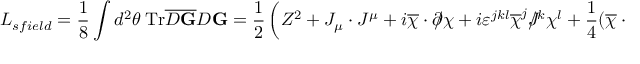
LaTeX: { \cal L } _ { s f i e l d } = \frac 1 8 \int d ^ { 2 } \theta ~ \mathrm { T r } \overline { { { D { \bf G } } } } D { \bf G } = \frac 1 2 \left( Z ^ { 2 } + J _ { \mu } \cdot J ^ { \mu } + i \overline { { { \chi } } } \cdot \partial \! \! \! / \chi + i \varepsilon ^ { j k l } \overline { { { \chi } } } ^ { j } J \! \! \! \! / ^ { k } \chi ^ { l } + \frac 1 4 ( \overline { { { \chi } } } \cdot \chi ) ^ { 2 } \right) .